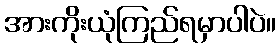
အားကိုးယုံကြည်ရမှာပါပဲ။